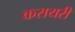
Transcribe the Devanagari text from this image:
करायरी